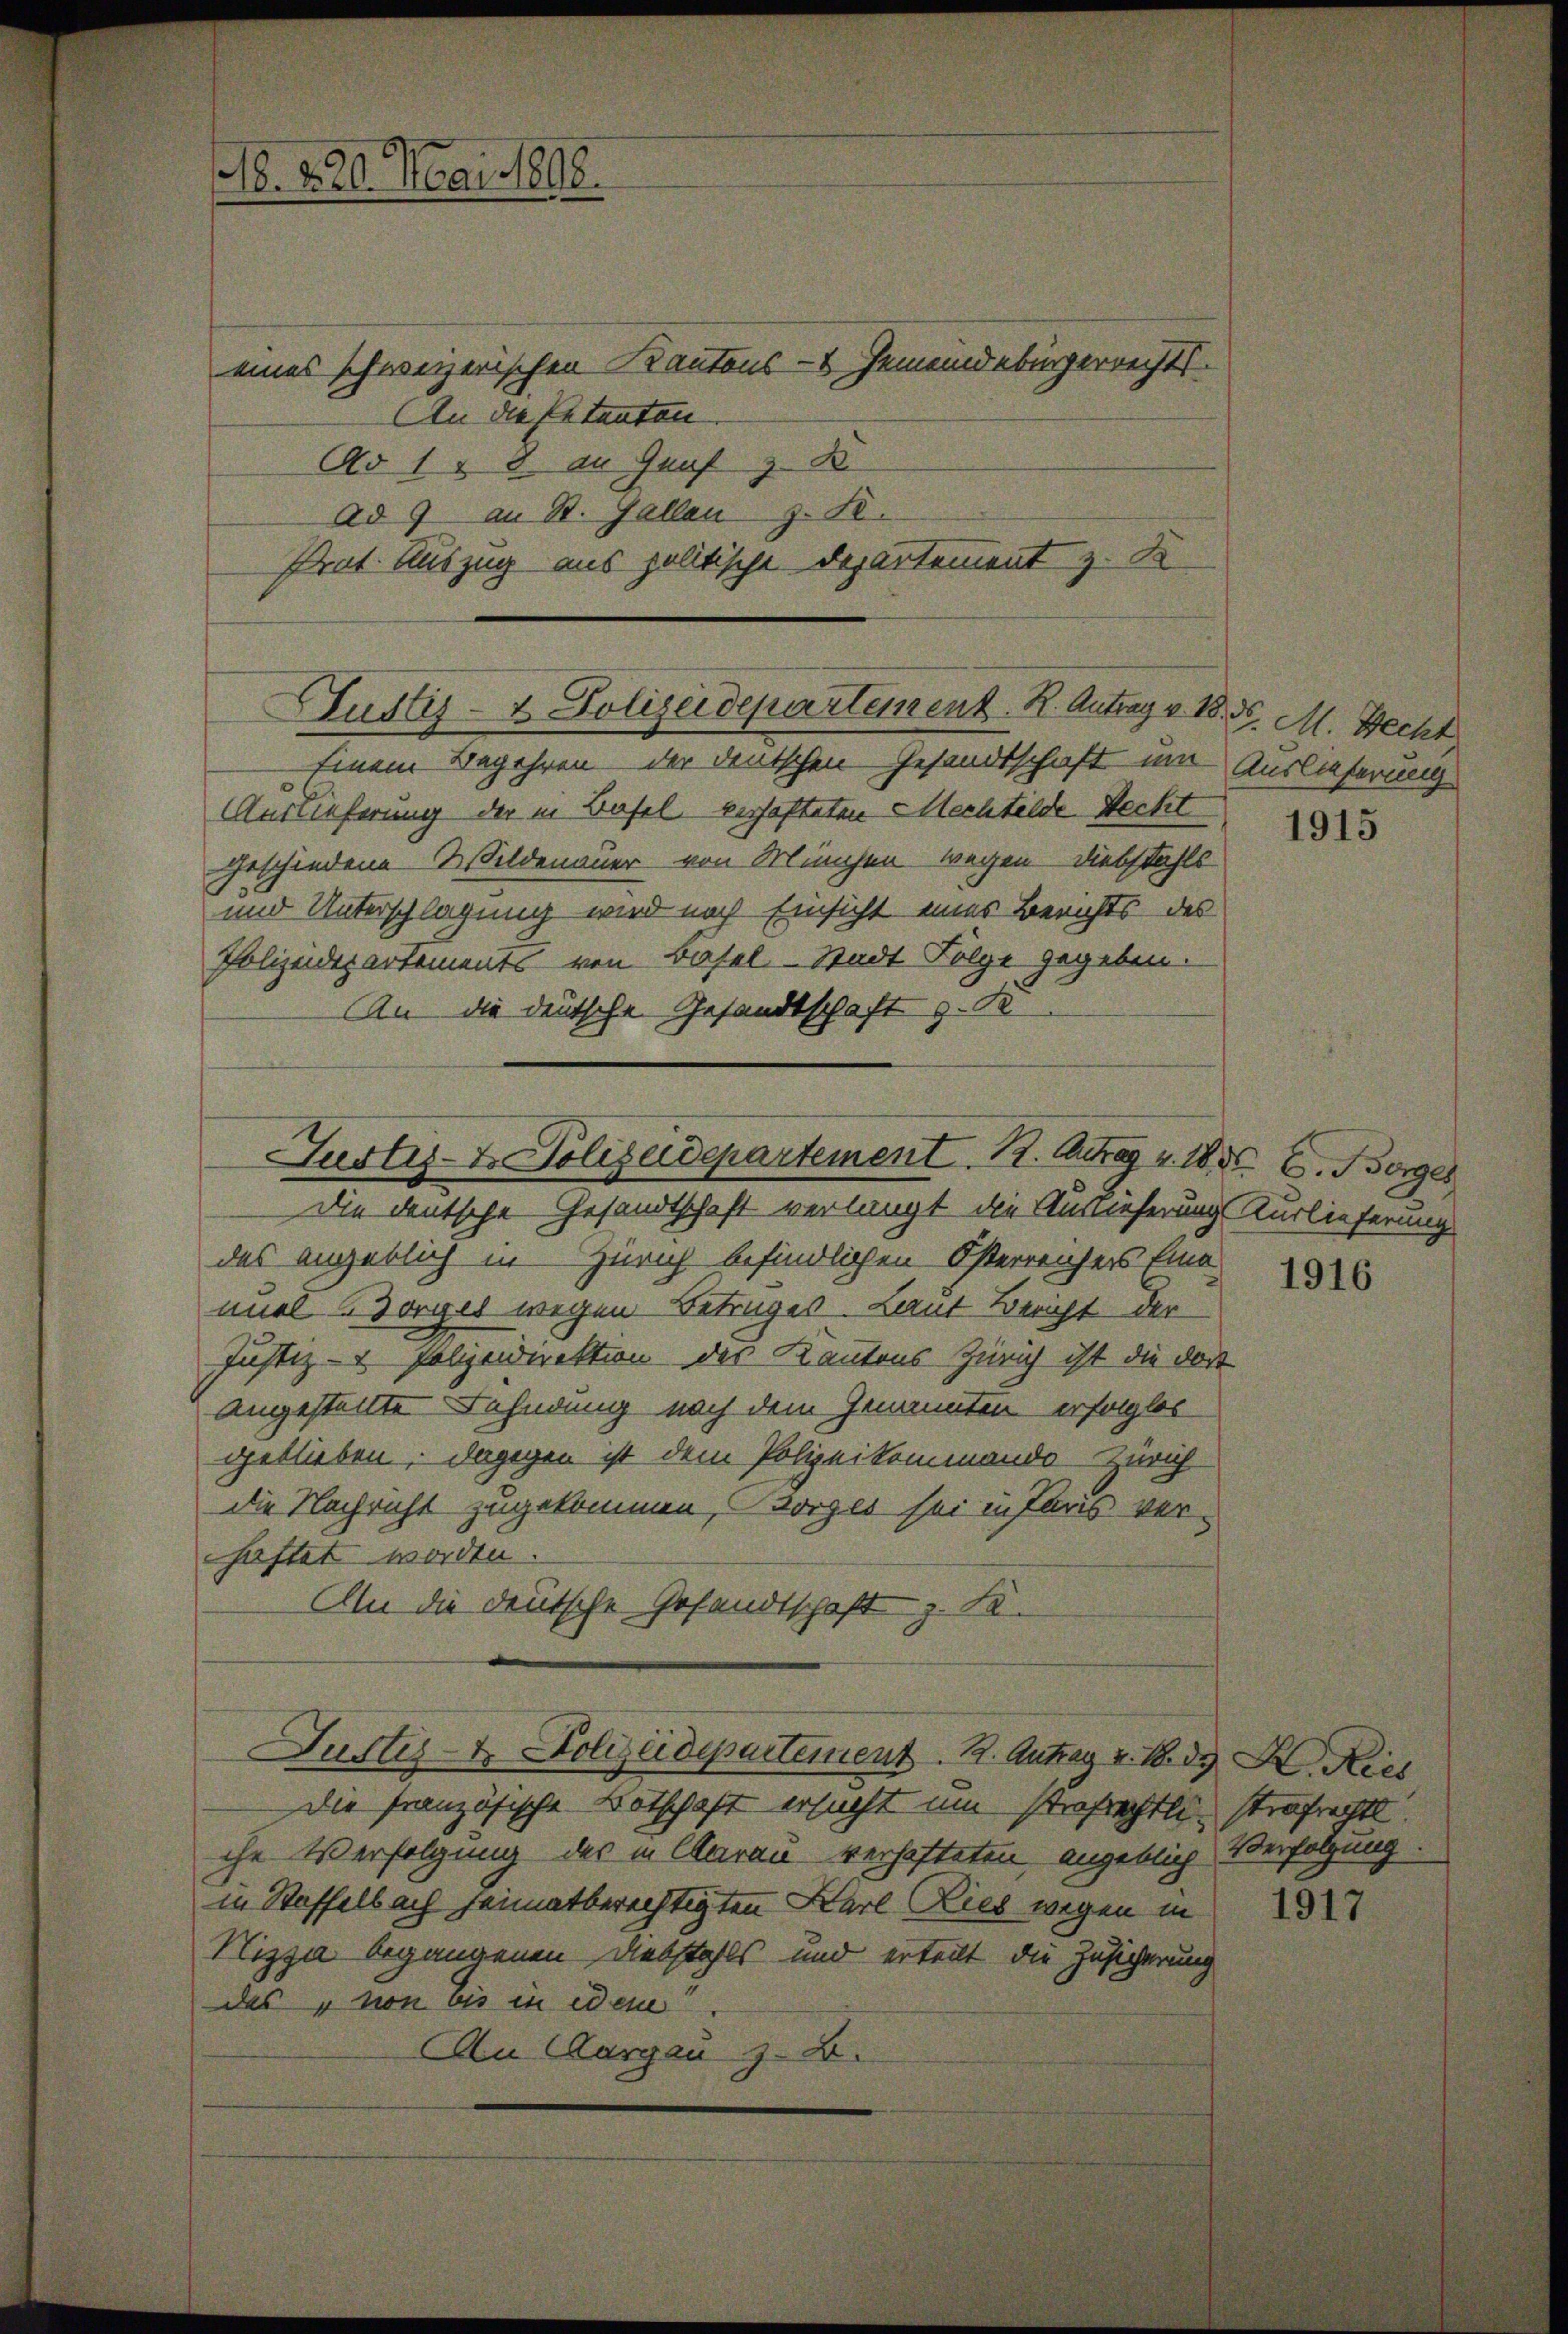
18. 220. Mai 1898.

eines schweizerischen Kantons - Gemeindebürgerrechts
An die Petenten.
Ad 118 an Graf z. B
Ad 9 an St. Gallen z. B.
Prat. Auszug aus politische Departement z. B

Auslieferung der in Basel erhafteten Mechtelde Recht
geschiedene Wildenauer von München wegen Diebstahls
und Unterschlagung wird nach Einsicht einer Berichts des
Polizeidepartements von Basel-Stadt Folge gegeben.
An die deutsche Gesandtschaft z. B

Die deutsche Gesandtschaft verlangt die Auslieferung Kurlieferung
des angeblich in Zürich befindlichen Österreichers Eine
miel Vorges wegen Betrages. Laut Bericht der
Justiz- & Polizeidirektion des Kantons Zürich ist die dort
angestellte Fahndung nach dem Genannten erfolglos
geblieben. Dagegen ist dem Polizeikommando Zürich
die Nachricht zugekommen, Borges sei in Paris ver-
haftet worden.
An die deutsche Gesandtschaft z. Fa¬

Justiz- & Polizeidepartement. R. Antrag v. 18
Einem Begehren der deutschen Gesandtschaft im Auslieferung

Justiz- & Polizeidepartement. 12. Antrag v. 1856. E. Borges

Justiz- & Polizeidepartement. K. Antrag v. 18. d. K. Nies

Die französische Botschaft ersucht um strafrechtli, strafrechtl.
che Verfolgung des in Aarau verhafteten angeblich Verfolgung.
in Stoffelbach heimatberechtigten Karl Ries wegen in
Nizza begangenen Diebstahls und erteilt, die Zusicherung
das von bis in edene
Au Aargau z. B.

d. d. M. Becht

1915

1916

1917